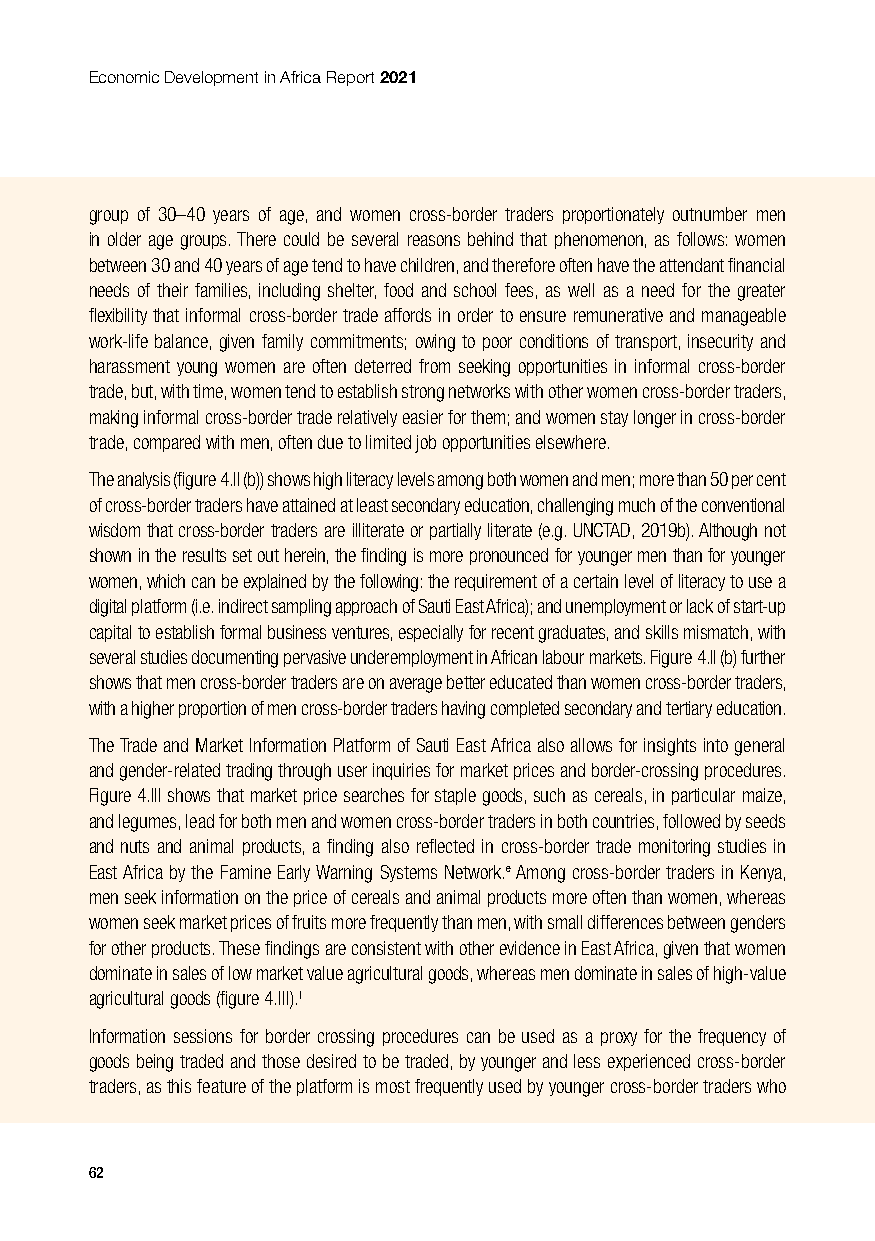
Economic Development in Africa Report 2021
 group of 30–40 years of age, and women cross-border traders proportionately outnumber men
 in older age groups. There could be several reasons behind that phenomenon, as follows: women
 between 30 and 40 years of age tend to have children, and therefore often have the attendant financial
 needs of their families, including shelter, food and school fees, as well as a need for the greater
 flexibility that informal cross-border trade affords in order to ensure remunerative and manageable
 work-life balance, given family commitments; owing to poor conditions of transport, insecurity and
 harassment young women are often deterred from seeking opportunities in informal cross-border
 trade, but, with time, women tend to establish strong networks with other women cross-border traders,
 making informal cross-border trade relatively easier for them; and women stay longer in cross-border
 trade, compared with men, often due to limited job opportunities elsewhere.
 The analysis (figure 4.II (b)) shows high literacy levels among both women and men; more than 50 per cent
 of cross-border traders have attained at least secondary education, challenging much of the conventional
 wisdom that cross-border traders are illiterate or partially literate (e.g. UNCTAD, 2019b). Although not
 shown in the results set out herein, the finding is more pronounced for younger men than for younger
 women, which can be explained by the following: the requirement of a certain level of literacy to use a
 digital platform (i.e. indirect sampling approach of Sauti East Africa); and unemployment or lack of start-up
 capital to establish formal business ventures, especially for recent graduates, and skills mismatch, with
 several studies documenting pervasive underemployment in African labour markets. Figure 4.II (b) further
 shows that men cross-border traders are on average better educated than women cross-border traders,
 with a higher proportion of men cross-border traders having completed secondary and tertiary education.
 The Trade and Market Information Platform of Sauti East Africa also allows for insights into general
 and gender-related trading through user inquiries for market prices and border-crossing procedures.
 Figure 4.III shows that market price searches for staple goods, such as cereals, in particular maize,
 and legumes, lead for both men and women cross-border traders in both countries, followed by seeds
 and nuts and animal products, a finding also reflected in cross-border trade monitoring studies in
 East Africa by the Famine Early Warning Systems Network.e Among cross-border traders in Kenya,
 men seek information on the price of cereals and animal products more often than women, whereas
 women seek market prices of fruits more frequently than men, with small differences between genders
 for other products. These findings are consistent with other evidence in East Africa, given that women
 dominate in sales of low market value agricultural goods, whereas men dominate in sales of high-value
 agricultural goods (figure 4.III).f
 Information sessions for border crossing procedures can be used as a proxy for the frequency of
 goods being traded and those desired to be traded, by younger and less experienced cross-border
 traders, as this feature of the platform is most frequently used by younger cross-border traders who
 62